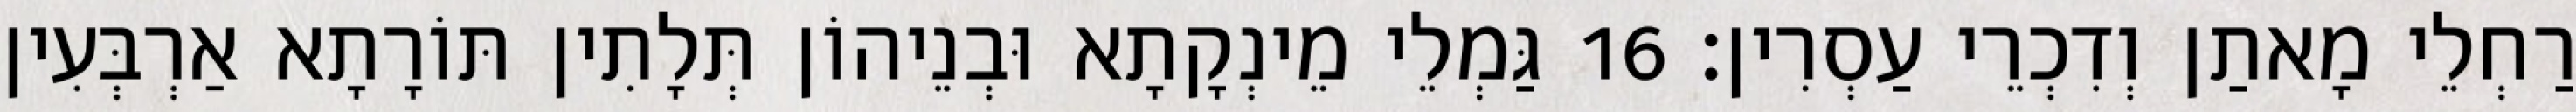
רַחְלֵי מָאתַן וְדִכְרֵי עַסְרִין׃ 16 גַּמְלֵי מֵינְקָתָא וּבְנֵיהוֹן תְּלָתִין תּוֹרָתָא אַרְבְּעִין